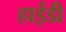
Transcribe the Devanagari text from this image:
हाईडी